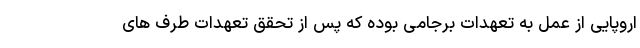
اروپایی از عمل به تعهدات برجامی بوده که پس از تحقق تعهدات طرف های